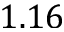
1 . 1 6